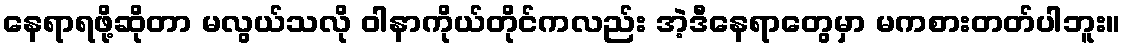
နေရာရဖို့ဆိုတာ မလွယ်သလို ဝါနာကိုယ်တိုင်ကလည်း အဲ့ဒီနေရာတွေမှာ မကစားတတ်ပါဘူး။